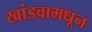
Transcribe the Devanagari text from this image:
खांडवामधून